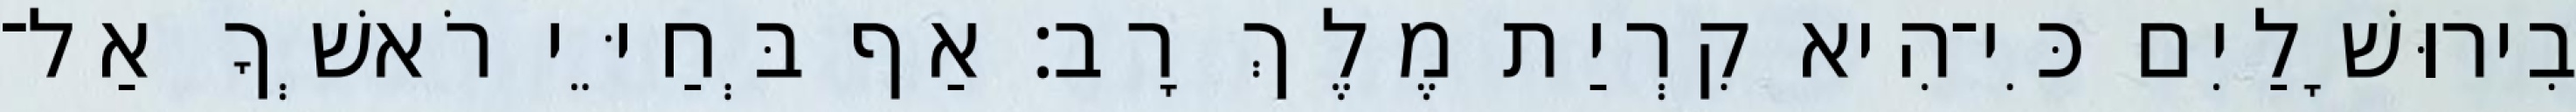
בִירוּשָׁלַיִם כִּי־הִיא קִרְיַת מֶלֶךְ רָב׃ אַף בְּחַיֵּי רֹאשְׁךָ אַל־